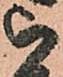
被